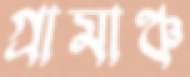
গ্রামাঞ্চ